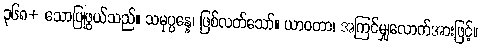
၃၆၈+ သောပြုဖွယ်သည်။ သမုပ္ပန္နေ၊ ဖြစ်လတ်သော်။ ယာဝတာ၊ အကြင်မျှလောက်အားဖြင့်။